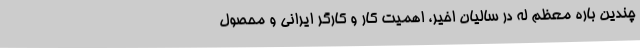
چندين ­باره معظم ­له در ساليان اخير، اهميت كار و كارگر ايراني و محصول